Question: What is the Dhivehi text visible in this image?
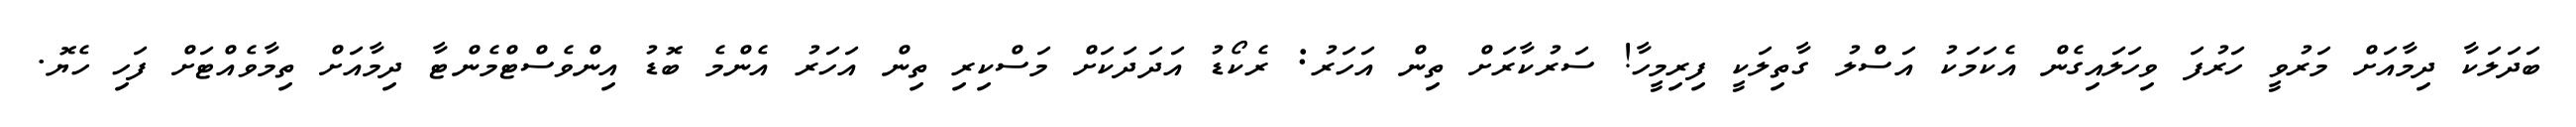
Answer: ބަދަލަކާ ދިމާއަށް މަރުވީ ހަރުފަ ވިހަލައިގެން އެކަމަކު އަސްލު ގާތިލަކީ ފިރިމީހާ! ސަރުކާރަށް ތިން އަހަރު: ރެކޯޑު އަދަދަކަށް މަސްކިރި ތިން އަހަރު އެންމެ ބޮޑު އިންވެސްޓްމެންޓާ ދިމާއަށް ތިމާވެއްޓަށް ފަހި ހެޔޮ.